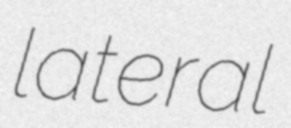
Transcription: lateral